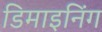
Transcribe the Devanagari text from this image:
डिमाइनिंग